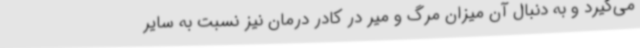
می‌گیرد و به دنبال آن میزان مرگ و میر در کادر درمان نیز نسبت به سایر